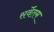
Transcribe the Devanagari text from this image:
सर्वेतम